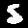
Label: 5